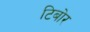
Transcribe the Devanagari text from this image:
टिबोर